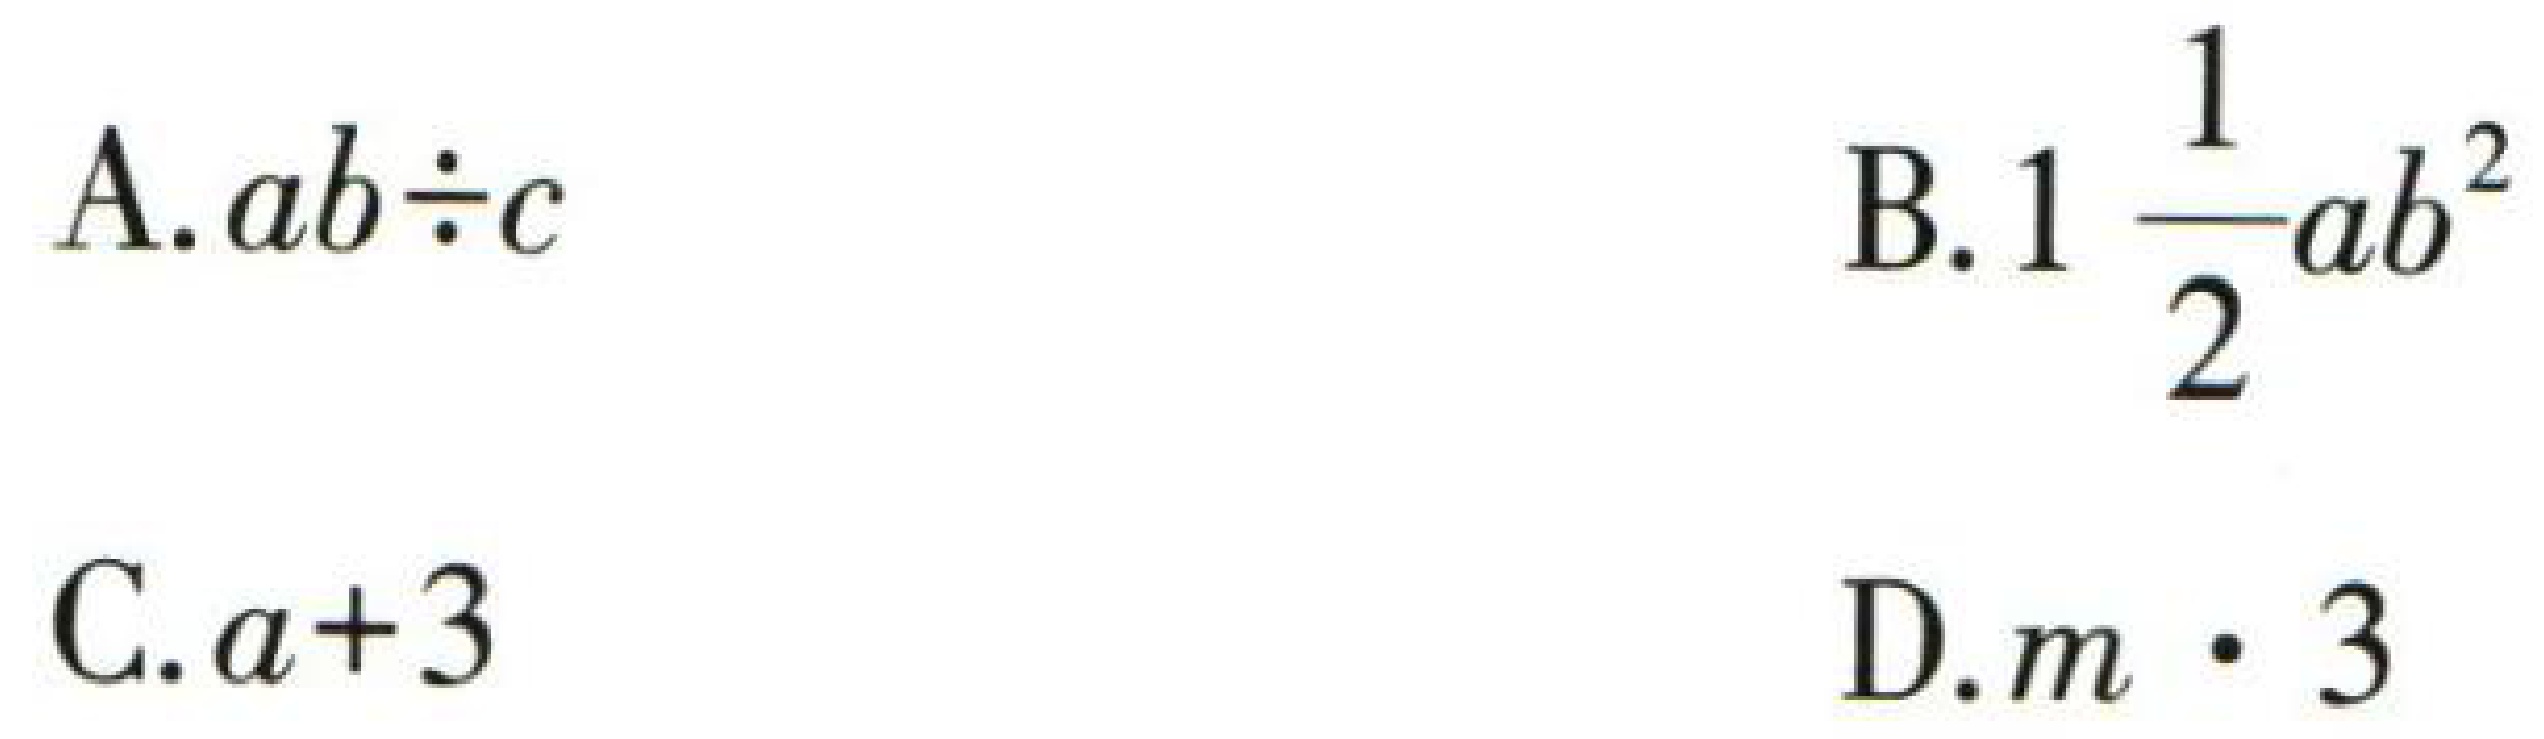
A. \(ab\div c\)

B. \(1\frac{1}{2}ab^{2}\)

C. \(a + 3\)

D. \(m\cdot3\)